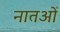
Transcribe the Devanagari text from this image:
नातओं